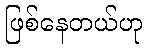
ဖြစ်နေတယ်ဟု